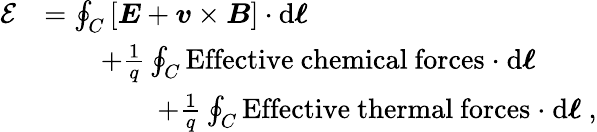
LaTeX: {\begin{array}{rl}{{\mathcal{E}}}&{=\oint_{C}\left[{\boldsymbol{E}}+{\boldsymbol{v}}\times{\boldsymbol{B}}\right]\cdot\mathrm{d}{\boldsymbol{\ell}}}\\ &{\qquad+{\frac{1}{q}}\oint_{C}\mathrm{Effective\ chemical\ forces\ \cdot}\ \mathrm{d}{\boldsymbol{\ell}}}\\ &{\qquad\qquad+{\frac{1}{q}}\oint_{C}\mathrm{Effective\ thermal\ forces\ \cdot}\ \mathrm{d}{\boldsymbol{\ell}}\ ,}\end{array}}